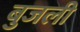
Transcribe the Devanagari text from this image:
बुजली